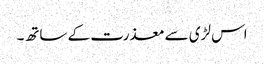
اس لڑی سے معذرت کے ساتھ۔